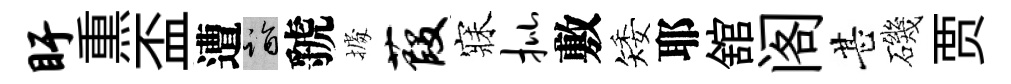
盱𤋱盃遭诣虢𢴃葭寐批敷矮耶舘阁甚磯贾